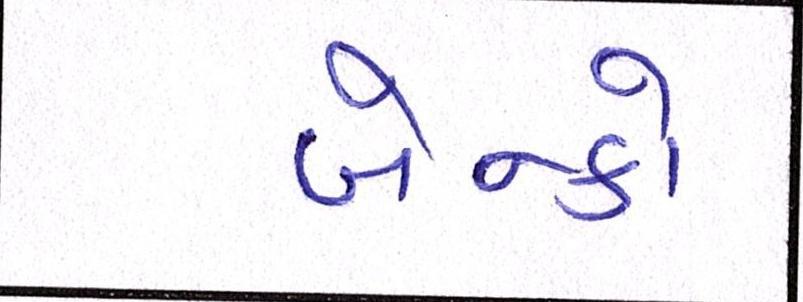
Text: બેન્કો